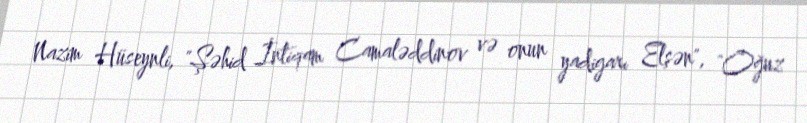
Nazim Hüseynli, "Şəhid İntiqam Camaləddinov və onun yadigarı Elşən", "Oğuz